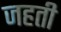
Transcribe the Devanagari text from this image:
जहती